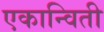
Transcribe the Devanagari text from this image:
एकान्विती